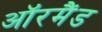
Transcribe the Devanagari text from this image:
ऑरमैंड